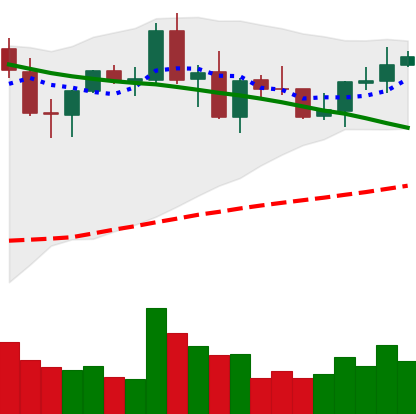
Ticker: NEO-USD
Chart end date: 2021-09-04
Forward return: -12.827%
Label: down_7plus